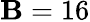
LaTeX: \mathbf{B}=16